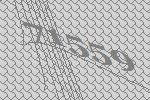
71559